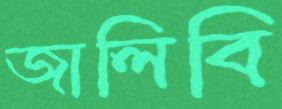
জালিবি